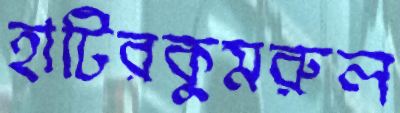
হাটিরকুমরুল